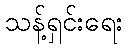
သန့်ရှင်းရေး